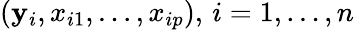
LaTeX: (\mathbf{y}_{i},x_{i1},\ldots,x_{ip}),\, i=1,\ldots,n